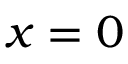
x = 0